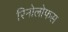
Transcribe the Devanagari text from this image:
रिनोलोफस